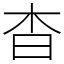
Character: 杳